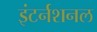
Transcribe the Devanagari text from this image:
इंटर्नशनल